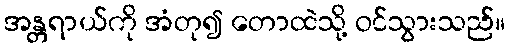
အန္တရာယ်ကို အံတု၍ တောထဲသို့ ဝင်သွားသည်။